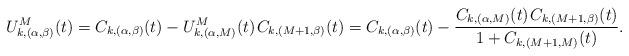
LaTeX: \begin{align*}U^M_{k,(\alpha,\beta)}(t) = C_{k,(\alpha,\beta)}(t) - U^M_{k,(\alpha,M)}(t) \kern+1pt C_{k,(M+1,\beta)}(t) = C_{k,(\alpha,\beta)}(t) - \frac{C_{k,(\alpha,M)}(t) \kern+1pt C_{k,(M+1,\beta)}(t)}{1+C_{k,(M+1,M)}(t)}.\end{align*}